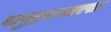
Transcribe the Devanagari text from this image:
पापुद्र्यासारखा